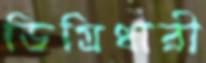
ডিগ্রিধারী